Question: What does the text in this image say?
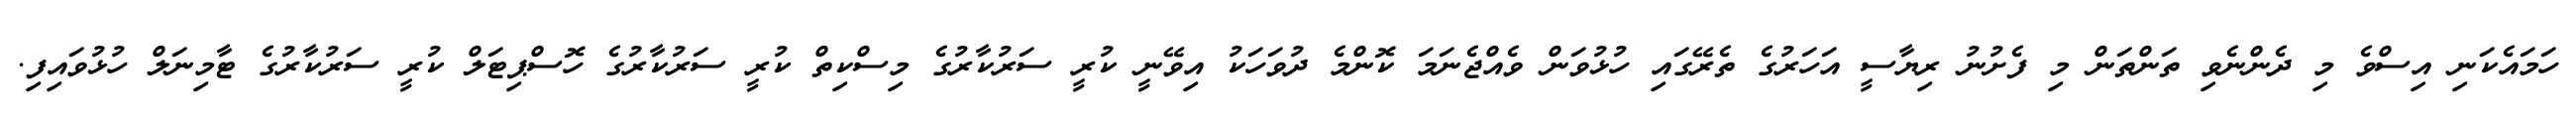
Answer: ހަމައެކަނި އިސްވެ މި ދެންނެވި ތަންތަން މި ފެށުނު ރިޔާސީ އަހަރުގެ ތެރޭގައި ހުޅުވަން ވެއްޖެނަމަ ކޮންމެ ދުވަހަކު އިވޭނީ ކުރީ ސަރުކާރުގެ މިސްކިތް ކުރީ ސަރުކާރުގެ ހޮސްޕިޓަލް ކުރީ ސަރުކާރުގެ ޓާމިނަލް ހުޅުވައިފި.